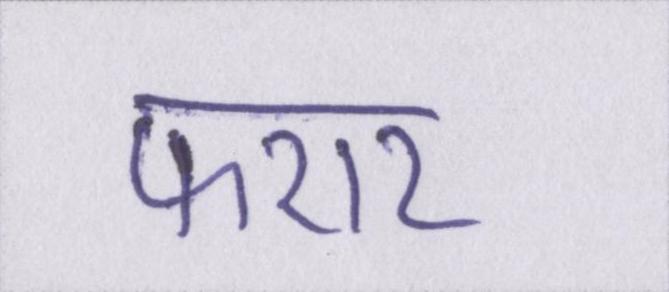
फरार